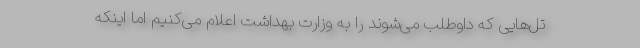
تل‌هایی که داوطلب می‌شوند را به وزارت بهداشت اعلام می‌کنیم اما اینکه